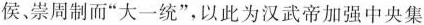
侯崇周制而“大一统”，以此为汉武帝加强中央集